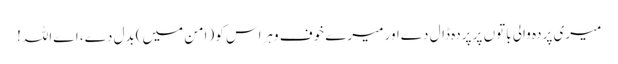
میری پردہ والی باتوں پر پردہ ڈال دےاور میرے خوف وہراس کو (امن میں)بدل دے، اےاللہ!